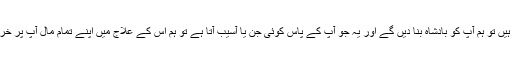
اگر بادشاہ بننا چاہتے ہیں تو ہم آپ کو بادشاہ بنا دیں گے اور یہ جو آپ کے پاس کوئی جن یا آسیب آتا ہے تو ہم اس کے علاج میں اپنے تمام مال آپ پر خرچ کرنے کو تیار ہیں۔